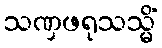
သဏှဖရုသသ္မိံ